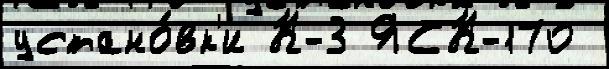
устано́вк'и К-3 ЯСК-170